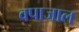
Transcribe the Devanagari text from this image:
वपाजाल